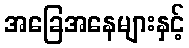
အခြေအနေများနှင့်